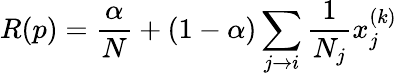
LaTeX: R{(p)}={\frac{\alpha}{N}}+(1-\alpha)\sum_{j\rightarrow i}{\frac{1}{N_{j}}}x_{j}^{(k)}